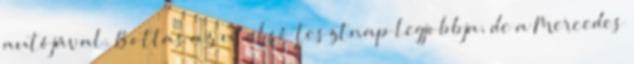
autójával. Bottas az utolsó tesztnap legjobbja, de a Mercedes